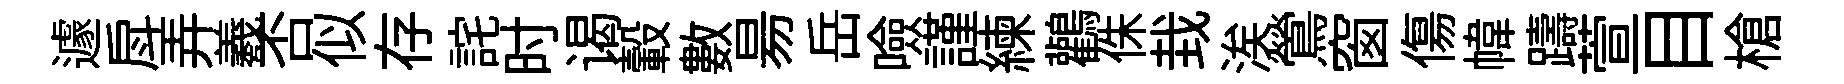
遽戽弄羲否似存詫时谒轂數昜岳噞謹練鸛侏㘽涘鶯窗傷幃躊萱目槍